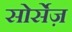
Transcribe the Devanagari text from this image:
सोर्सेज़